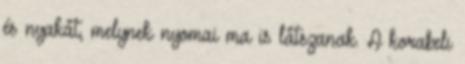
és nyakát, melynek nyomai ma is látszanak. A korabeli